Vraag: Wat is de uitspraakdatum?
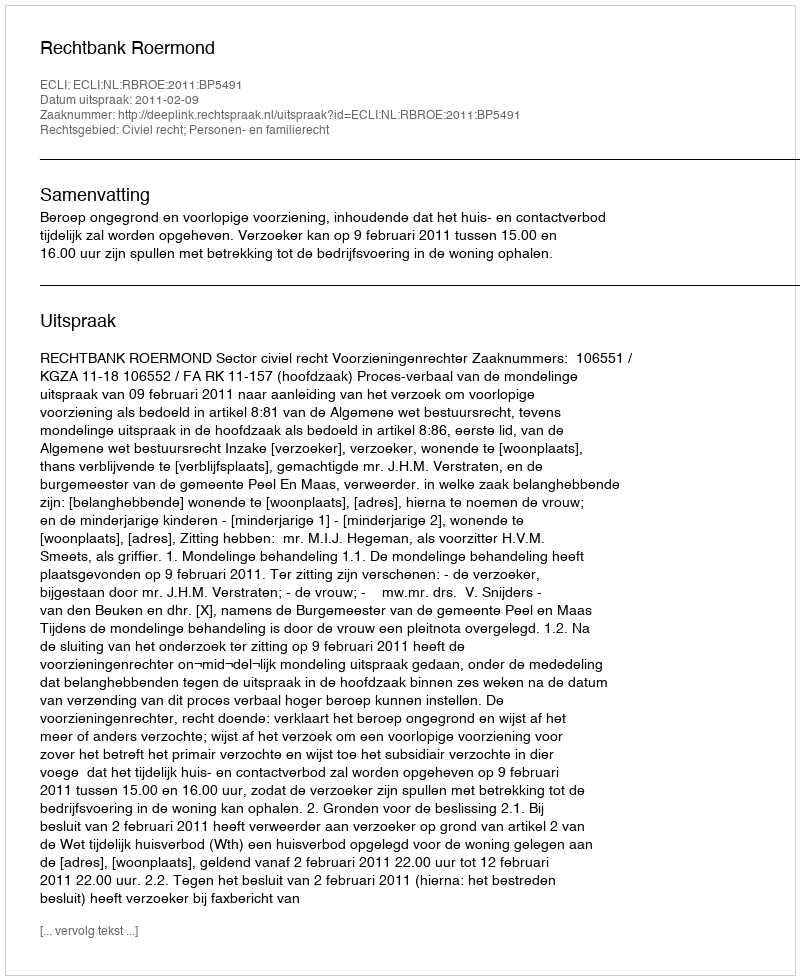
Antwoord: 2011-02-09